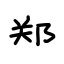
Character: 郑